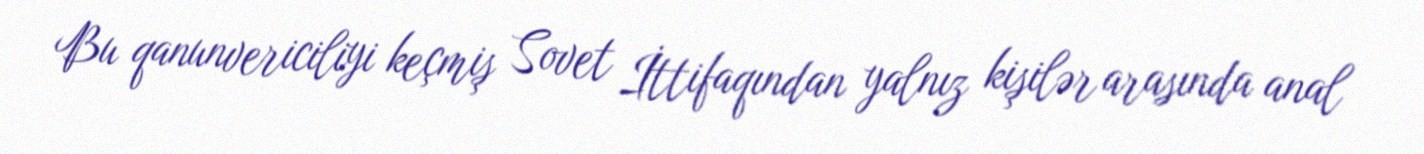
Bu qanunvericiliyi keçmiş Sovet İttifaqından yalnız kişilər arasında anal